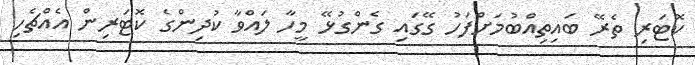
ކޮޓަރި ތެރޭ ބައިތިއްބުމަށްފަހު ގޭގައި ގެންގުޅޭ މީހާ ލައްވާ ކުދިންގެ ކޮޓަރިން އެއްޗެހި